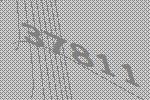
37811